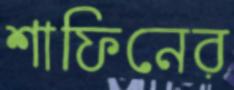
শাফিনের